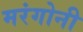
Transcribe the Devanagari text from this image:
मरंगोनी